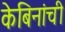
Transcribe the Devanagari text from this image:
केबिनांची